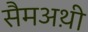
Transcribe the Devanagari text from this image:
सैमअथ़ी